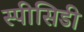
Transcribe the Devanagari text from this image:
स्पीसिडी